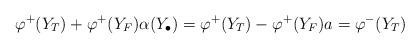
LaTeX: \begin{align*}\varphi^+(Y_T)+\varphi^+(Y_F)\alpha(Y_\bullet) = \varphi^+(Y_T)-\varphi^+(Y_F)a=\varphi^-(Y_T)\end{align*}